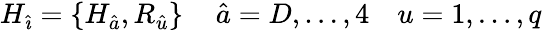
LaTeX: H_{\hat{\imath}}=\{ H_{\hat{a}},R_{\hat{u}}\} \, \quad\hat{a}=D,\dots,4\quad u=1,\dots,q